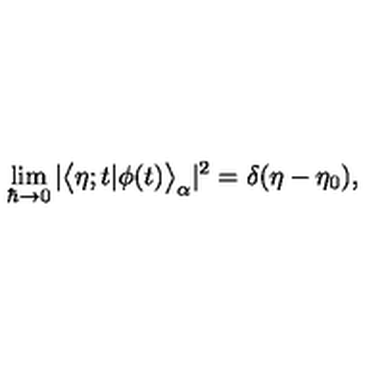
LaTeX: \lim _ { \hbar \to 0 } | \bigl < \eta ; t | \phi ( t ) \bigr > _ { \alpha } | ^ { 2 } = \delta ( \eta - \eta _ { 0 } ) ,